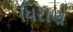
ધિરાણ